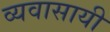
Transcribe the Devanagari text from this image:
व्यवासायी